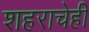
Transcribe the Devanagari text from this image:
शहराचेही